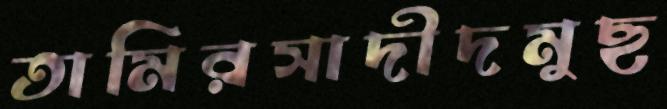
তামিরসাদীদমুছ